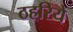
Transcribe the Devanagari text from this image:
ठहरिये